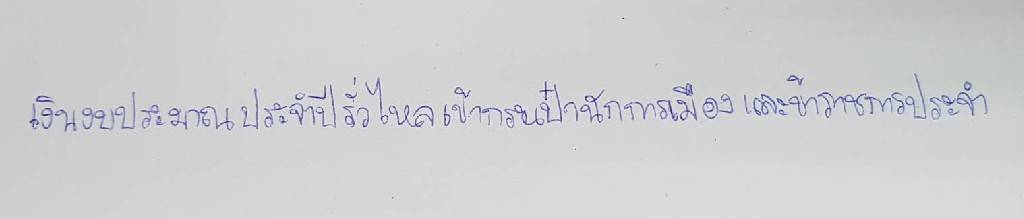
เงินงบประมาณประจำปีรั่วไหลเข้ากระเป๋านักการเมืองและข้าราชการประจำ